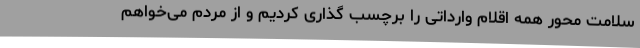
سلامت محور همه اقلام وارداتی را برچسب ‌گذاری کردیم و از مردم می‌خواهم